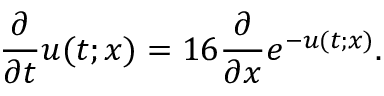
\frac { \partial } { \partial t } u ( t ; x ) = 1 6 \frac { \partial } { \partial x } e ^ { - u ( t ; x ) } .